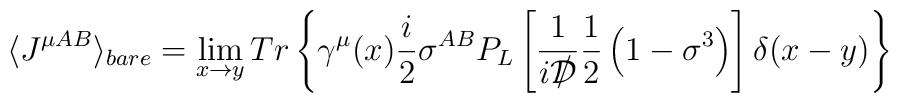
\langle J^{\mu AB} \rangle_{bare} =\lim_{x \rightarrow y}Tr\left\{\gamma^\mu(x){\frac{i}{2}\sigma^{AB}}P_L\left[\frac{1}{i{{\cal D}\kern-0.15em\raise0.17ex\llap{/}\kern0.15em\relax}}\frac{1}{2}\left(1-\sigma^3\right)\right]\delta(x-y)\right\}